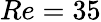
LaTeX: Re=35